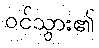
ဝင်သွား၏